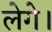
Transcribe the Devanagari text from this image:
लेगे।